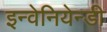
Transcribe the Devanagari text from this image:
इन्वेनियेन्डी